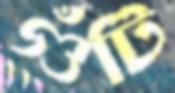
গুঁটি